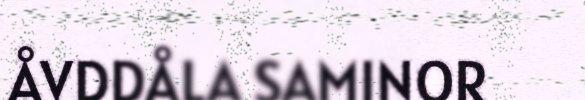
ÅVDDÅLA SAMINOR